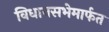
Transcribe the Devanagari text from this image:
विधानसभेमार्फत